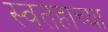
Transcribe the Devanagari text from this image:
स्वतहाच्या